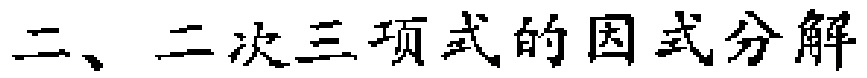
二、二次三项式的因式分解